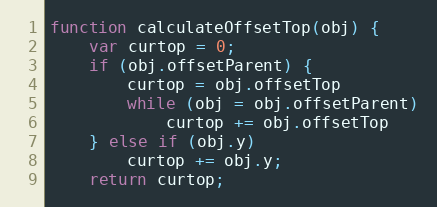
Language: JavaScript
function calculateOffsetTop(obj) {
	var curtop = 0;
	if (obj.offsetParent) {
		curtop = obj.offsetTop
		while (obj = obj.offsetParent)
			curtop += obj.offsetTop
	} else if (obj.y)
		curtop += obj.y;
	return curtop;